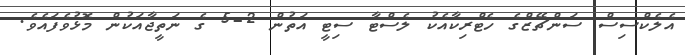
އެލެކްސިސް ސަންޗޭޒްގެ ހެޓްރިކާއެކު ލެސްޓާ ސިޓީ އަތުން 2-5 ގެ ނަތީޖާއަކުން މޮޅުވެފައެވެ.